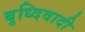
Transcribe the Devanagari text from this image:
बुध्दिवादी